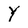
Character: Y